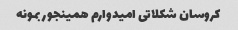
کروسان شکلاتی امیدوارم همینجور بمونه